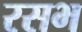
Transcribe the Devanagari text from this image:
रसभ